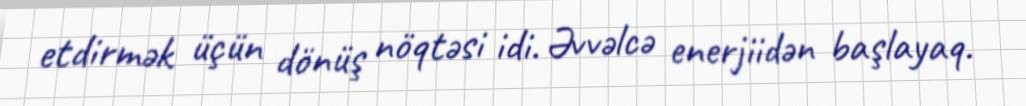
etdirmək üçün dönüş nöqtəsi idi. Əvvəlcə enerjiidən başlayaq.